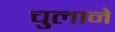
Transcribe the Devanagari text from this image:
चुलाने